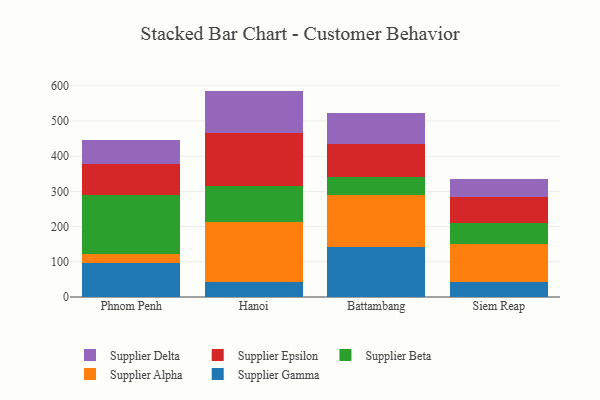
{"axis": {"x": "City", "y": "Gross Profit (USD K)"}, "legend": ["Supplier Alpha", "Supplier Beta", "Supplier Delta", "Supplier Epsilon", "Supplier Gamma"], "data": [{"x": "Phnom Penh", "y": 96.5, "type": "Supplier Gamma"}, {"x": "Phnom Penh", "y": 25.8, "type": "Supplier Alpha"}, {"x": "Phnom Penh", "y": 166.2, "type": "Supplier Beta"}, {"x": "Phnom Penh", "y": 88.5, "type": "Supplier Epsilon"}, {"x": "Phnom Penh", "y": 69.9, "type": "Supplier Delta"}, {"x": "Hanoi", "y": 42.5, "type": "Supplier Gamma"}, {"x": "Hanoi", "y": 170.3, "type": "Supplier Alpha"}, {"x": "Hanoi", "y": 102.9, "type": "Supplier Beta"}, {"x": "Hanoi", "y": 148.8, "type": "Supplier Epsilon"}, {"x": "Hanoi", "y": 121.0, "type": "Supplier Delta"}, {"x": "Battambang", "y": 142.2, "type": "Supplier Gamma"}, {"x": "Battambang", "y": 146.5, "type": "Supplier Alpha"}, {"x": "Battambang", "y": 52.2, "type": "Supplier Beta"}, {"x": "Battambang", "y": 93.4, "type": "Supplier Epsilon"}, {"x": "Battambang", "y": 88.0, "type": "Supplier Delta"}, {"x": "Siem Reap", "y": 41.7, "type": "Supplier Gamma"}, {"x": "Siem Reap", "y": 108.5, "type": "Supplier Alpha"}, {"x": "Siem Reap", "y": 58.6, "type": "Supplier Beta"}, {"x": "Siem Reap", "y": 75.2, "type": "Supplier Epsilon"}, {"x": "Siem Reap", "y": 51.2, "type": "Supplier Delta"}]}